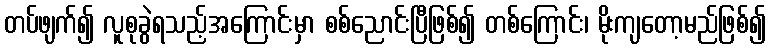
တပ်ဖျက်၍ လူစုခွဲရသည့်အကြောင်းမှာ စစ်ညောင်းပြီဖြစ်၍ တစ်ကြောင်း၊ မိုးကျတော့မည်ဖြစ်၍